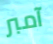
آمبر